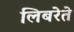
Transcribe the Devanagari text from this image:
लिबरेते